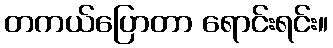
တကယ်ပြောတာ ရောင်းရင်း။